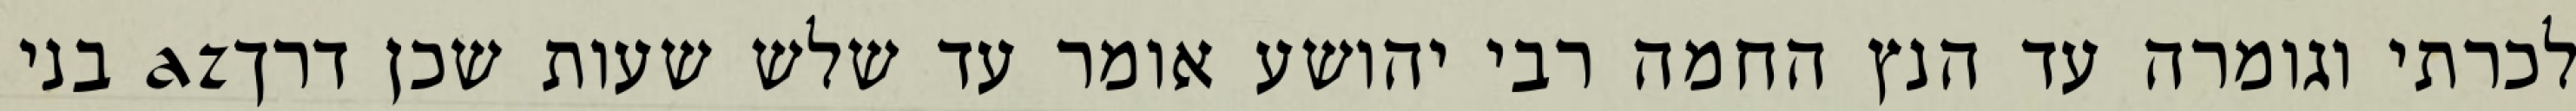
לכרתי וגומרה עד הנץ החמה רבי יהושע אומר עד שלש שעות שכן דרךaz בני